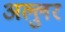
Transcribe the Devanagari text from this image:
अल्लुर